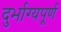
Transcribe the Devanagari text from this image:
दुर्भाग्यपू्‌र्ण